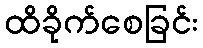
ထိခိုက်စေခြင်း